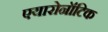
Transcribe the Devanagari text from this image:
एयारोनॉटिक